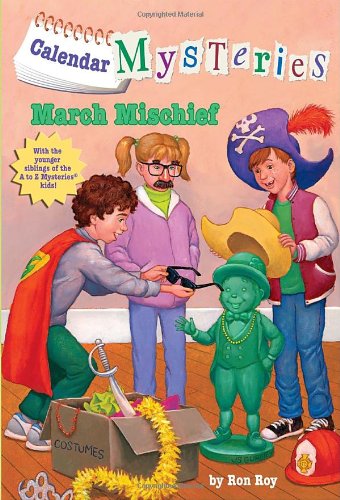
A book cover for Calendar Mysteries #3: March Mischief (A Stepping Stone Book(TM)); Ron Roy; Children's Books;